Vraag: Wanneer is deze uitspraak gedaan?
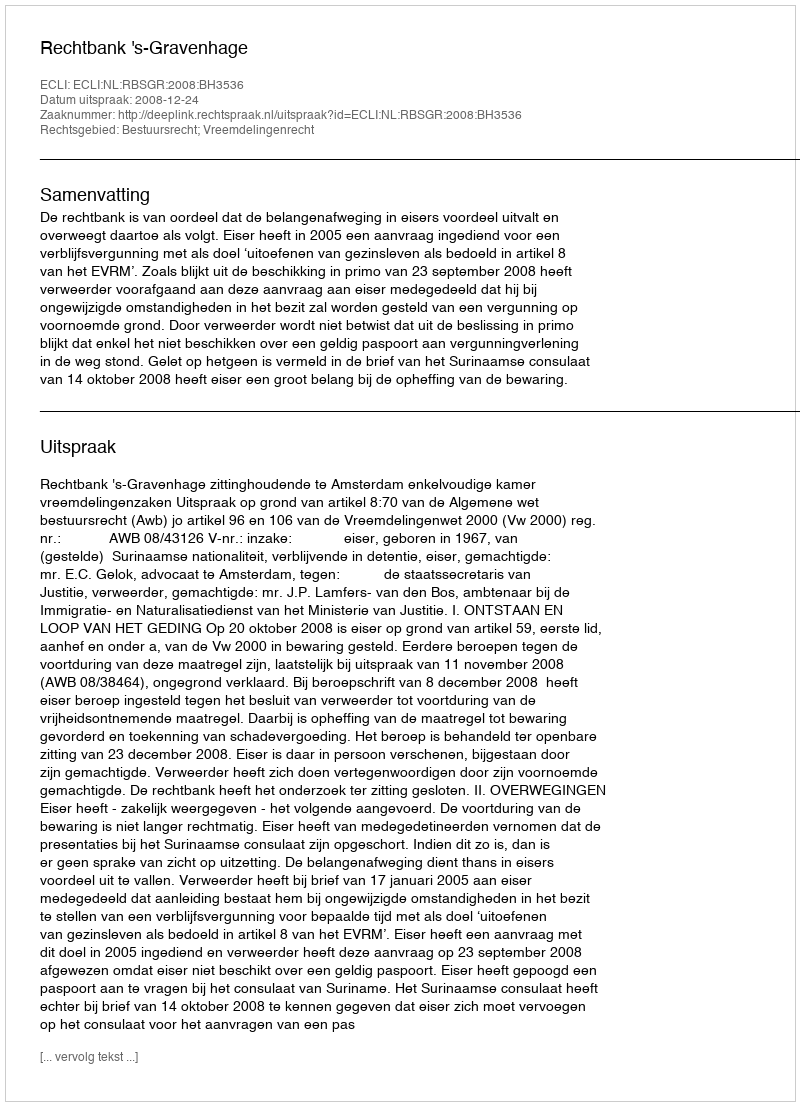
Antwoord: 2008-12-24